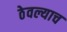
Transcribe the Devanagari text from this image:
ठेवल्याच